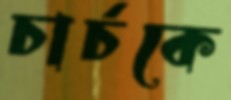
চার্চকে